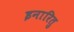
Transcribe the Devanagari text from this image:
इनारितु